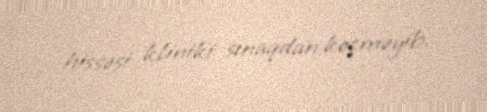
hissəsi kliniki sınaqdan keçməyib.